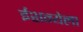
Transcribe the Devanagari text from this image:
ईशन्येला